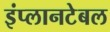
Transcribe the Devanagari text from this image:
इंप्लानटेबल